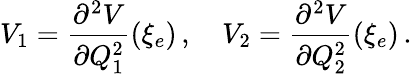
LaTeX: V_{1}=\frac{\partial^{2}V}{\partial Q_{1}^{2}}(\xi_{e})\, ,\quad V_{2}=\frac{\partial^{2}V}{\partial Q_{2}^{2}}(\xi_{e})\, .